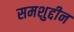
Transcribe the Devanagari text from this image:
समशुद्दीन